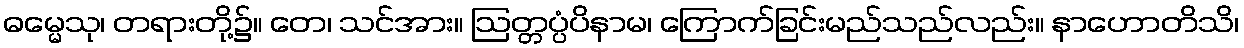
ဓမ္မေသု၊ တရားတို့၌။ တေ၊ သင်အား။ ဩတ္တပ္ပံပိနာမ၊ ကြောက်ခြင်းမည်သည်လည်း။ နာဟောတိသိ၊